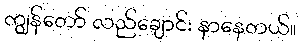
ကျွန်တော် လည်ချောင်း နာနေတယ်။